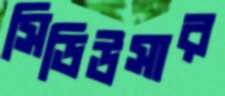
সিডিউসার